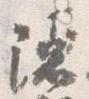
隠